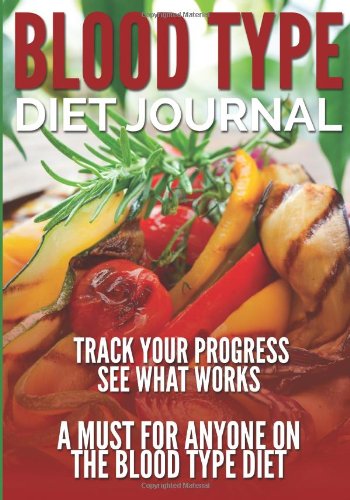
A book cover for Blood Type Diet Journal: Track Your Progress See What Works: A Must For Anyone On The Blood Type Diet; Speedy Publishing LLC; Health, Fitness & Dieting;